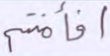
أفأمنتم